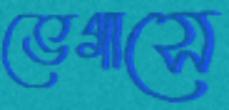
ভেগাসে